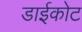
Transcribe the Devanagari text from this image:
डाईकोट